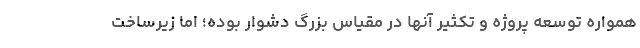
همواره توسعه پروژه‌ و تکثیر آنها در مقیاس بزرگ دشوار بوده؛ اما زیرساخت